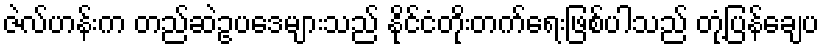
ဇဲလ်ဟန်းက တည်ဆဲဥပဒေများသည် နိုင်ငံတိုးတက်ရေးဖြစ်ပါသည် တုံ့ပြန်ချေပ